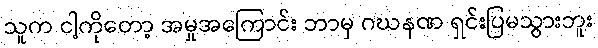
သူက ငါ့ကိုတော့ အမှုအကြောင်း ဘာမှ ဂဃနဏ ရှင်းပြမသွားဘူး